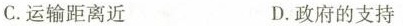
C.运输距离近 D.政府的支持